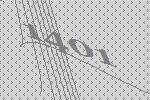
1401